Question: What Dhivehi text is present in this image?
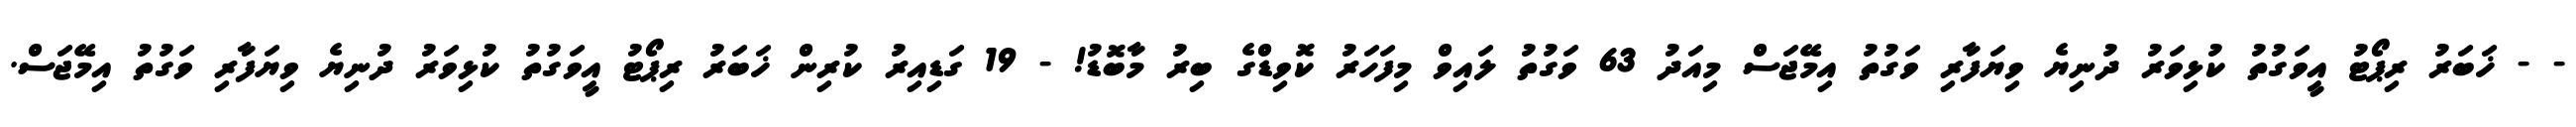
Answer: - - ޚަބަރު ރިޕޯޓު އީވަގުތު ކުޅިވަރު ދުނިޔެ ވިޔަފާރި ވަގުތު އިމޭޖަސް މިއަދު 63 ވަގުތު ލައިވް މިފަހަރު ކޮވިޑްގެ ބިރު މާބޮޑު! - 19 ގަޑިއިރު ކުރިން ޚަބަރު ރިޕޯޓު އީވަގުތު ކުޅިވަރު ދުނިޔެ ވިޔަފާރި ވަގުތު އިމޭޖަސް.